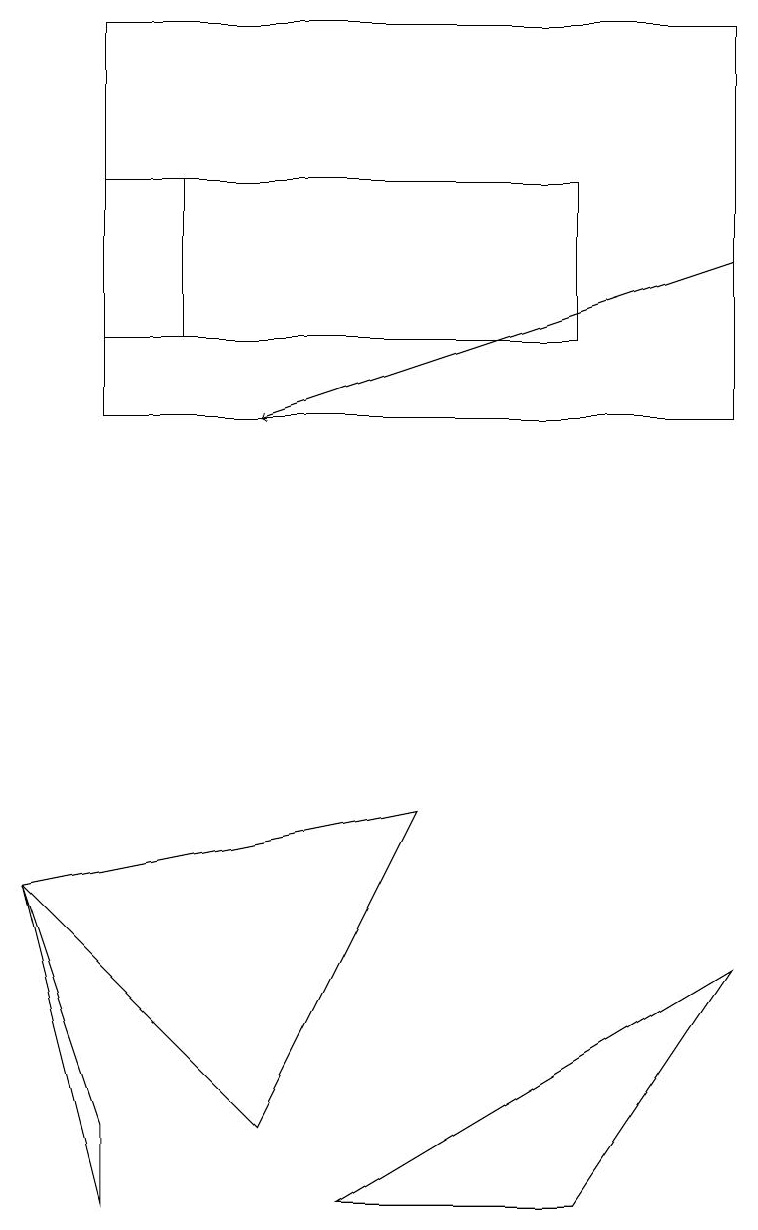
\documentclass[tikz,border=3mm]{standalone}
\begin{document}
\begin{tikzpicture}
\draw (7,0) -- (9,3) -- (4,0) -- cycle;
\draw[->] (9,12) -- (3,10);
\draw (0,4) -- (1,1) -- (1,0) -- cycle;
\draw (2,11) rectangle (2,13);
\draw (1,10) rectangle (9,15);
\draw (7,11) rectangle (1,13);
\draw (0,4) -- (5,5) -- (3,1) -- cycle;
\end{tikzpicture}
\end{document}